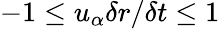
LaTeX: -1\leq u_{\alpha}\delta r/\delta t\leq 1